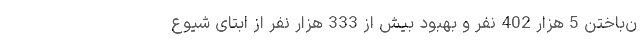
ن‌باختن 5 هزار 402 نفر و بهبود بیش از 333 هزار نفر از ابتای شیوع